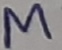
Text: M7